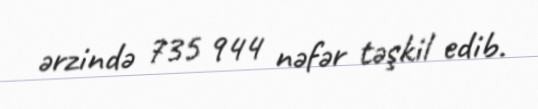
ərzində 735 944 nəfər təşkil edib.